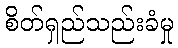
စိတ်ရှည်သည်းခံမှု